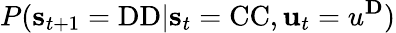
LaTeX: P(\textbf{s}_{t+1}=\mathrm{DD}|\textbf{s}_{t}=\mathrm{CC},\textbf{u}_{t}=u^{\mathbf{D}})